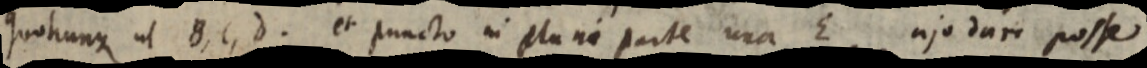
quotunque ut B, C, D. et puncto in plani parte una E ajo dari posse